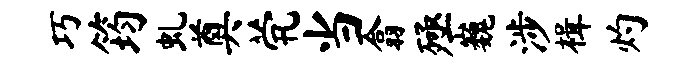
巧筠虬奠茕当翕殛巍涉楫灼